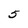
Character: 5